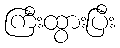
ကြီးထွားပြီး